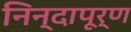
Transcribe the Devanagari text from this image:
निन्दापूर्ण